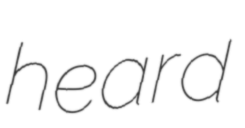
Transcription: heard